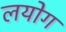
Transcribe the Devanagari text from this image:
लयोग